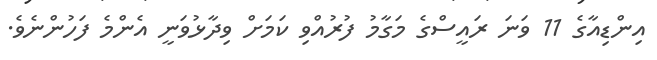
އިންޑިއާގެ 11 ވަނަ ރައީސްގެ މަގާމު ފުރުއްވި ކަމަށް ވިދާޅުވަނީ އެންމެ ފަހުންނެވެ.